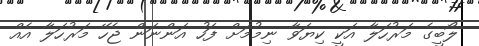
ލޯބީގެ މަރުހަލާ އަކީ ކިޔަވާ ނިމުމަށް ފަހު އަންނަން ޖެހޭ މަރުހަލާ އެއް